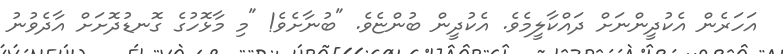
އަހަރެން އެކުދީންނަށް ދައްކާލީމެވެ. އެކުދީން ބުންޏެވެ. "ބުނާށެވެ! "މި މާޅޮހުގެ ގޮނޑުދޮށަށް އާދެވުނު